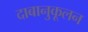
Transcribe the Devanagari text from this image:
दाबानुकूलन